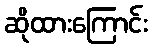
ဆိုထားကြောင်း